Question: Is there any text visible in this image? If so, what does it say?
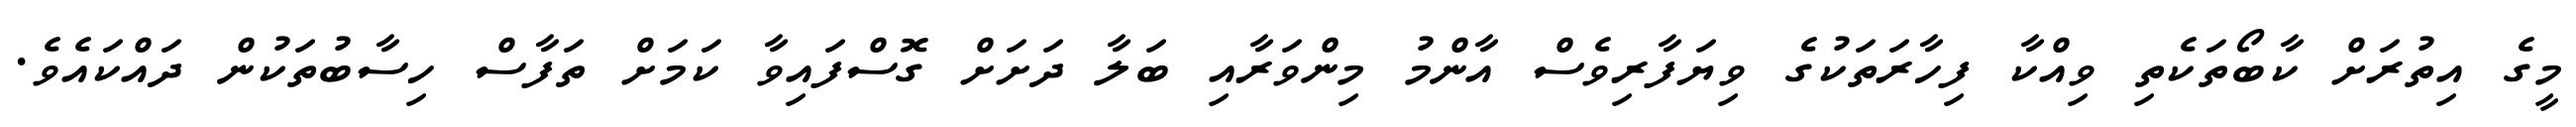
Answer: މީގެ އިތުރަށް ކާބޯތަކެތި ވިއްކާ ފިހާރަތަކުގެ ވިޔަފާރިވެސް އާންމު މިންވަރާއި ބަލާ ދަށަށް ގޮސްފައިވާ ކަމަށް ތަފާސް ހިސާބުތަކުން ދައްކައެވެ.